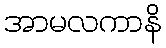
အာမလကာနိ